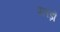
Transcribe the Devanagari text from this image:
पलड़ों